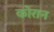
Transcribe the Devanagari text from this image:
कोरान